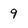
Character: 9